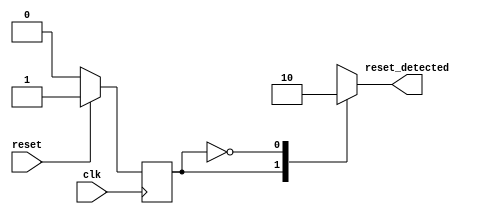
module sync_reset_detector (
    input wire clk,          // Clock signal
    input wire reset,        // Synchronous reset signal
    output reg reset_detected // Output indicating reset status
);

// State encoding
localparam RESET_STATE = 1'b1;   // Reset state
localparam NORMAL_STATE = 1'b0;   // Normal state

// State variable
reg current_state;

// Sequential logic to detect reset condition
always @(posedge clk) begin
    if (reset) begin
        current_state <= RESET_STATE; // Move to reset state
    end else begin
        current_state <= NORMAL_STATE; // Move to normal state
    end
end

// Combinational logic to set reset_detected output
always @(*) begin
    case (current_state)
        RESET_STATE: reset_detected = 1'b1; // Reset is active
        NORMAL_STATE: reset_detected = 1'b0; // Reset is inactive
        default: reset_detected = 1'b0;      // Default case
    endcase
end

endmodule